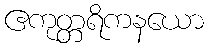
ဧကုတ္တရိကနယော